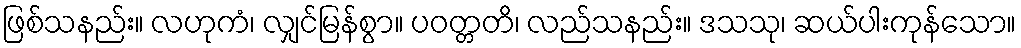
ဖြစ်သနည်း။ လဟုကံ၊ လျှင်မြန်စွာ။ ပဝတ္တတိ၊ လည်သနည်း။ ဒသသု၊ ဆယ်ပါးကုန်သော။